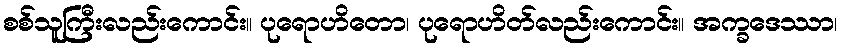
စစ်သူကြီးလည်းကောင်း။ ပုရောဟိတော၊ ပုရောဟိတ်လည်းကောင်း။ အက္ခဒေဿာ၊